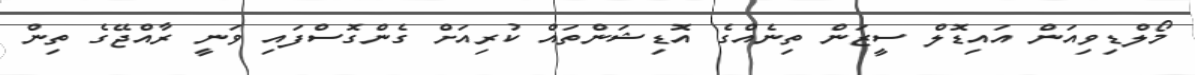
މޯލްޑިވިއަން އައިޑޮލް ސީޒަން ތިނެއްގެ އޮޑިޝަންތައް ކުރިއަށް ގެންގޮސްފަައި ވަނީ ރާއްޖޭގެ ތިން